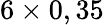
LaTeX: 6\times 0,35